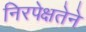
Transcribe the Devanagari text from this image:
निरपेक्षतेने